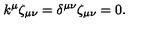
k ^ { \mu } \zeta _ { \mu \nu } = \delta ^ { \mu \nu } \zeta _ { \mu \nu } = 0 .